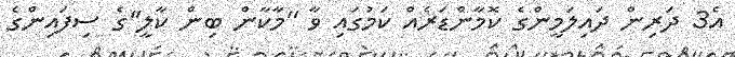
އެ3 ދަރިން ދައިލަމީންގެ ކޮމާންޑަރެއް ކަމުގައި ވާ ''މާކާން ބިން ކާލީ''ގެ ސިފައިންގެ